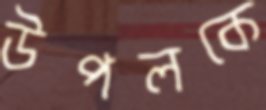
উপলকে